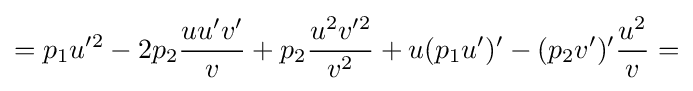
=p_{1}u'^{2}-2p_{2}{\frac {uu'v'}{v}}+p_{2}{\frac {u^{2}v'^{2}}{v^{2}}}+u(p_{1}u')'-(p_{2}v')'{\frac {u^{2}}{v}}=